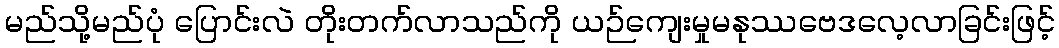
မည်သို့မည်ပုံ ပြောင်းလဲ တိုးတက်လာသည်ကို ယဉ်ကျေးမှုမနုဿဗေဒလေ့လာခြင်းဖြင့်